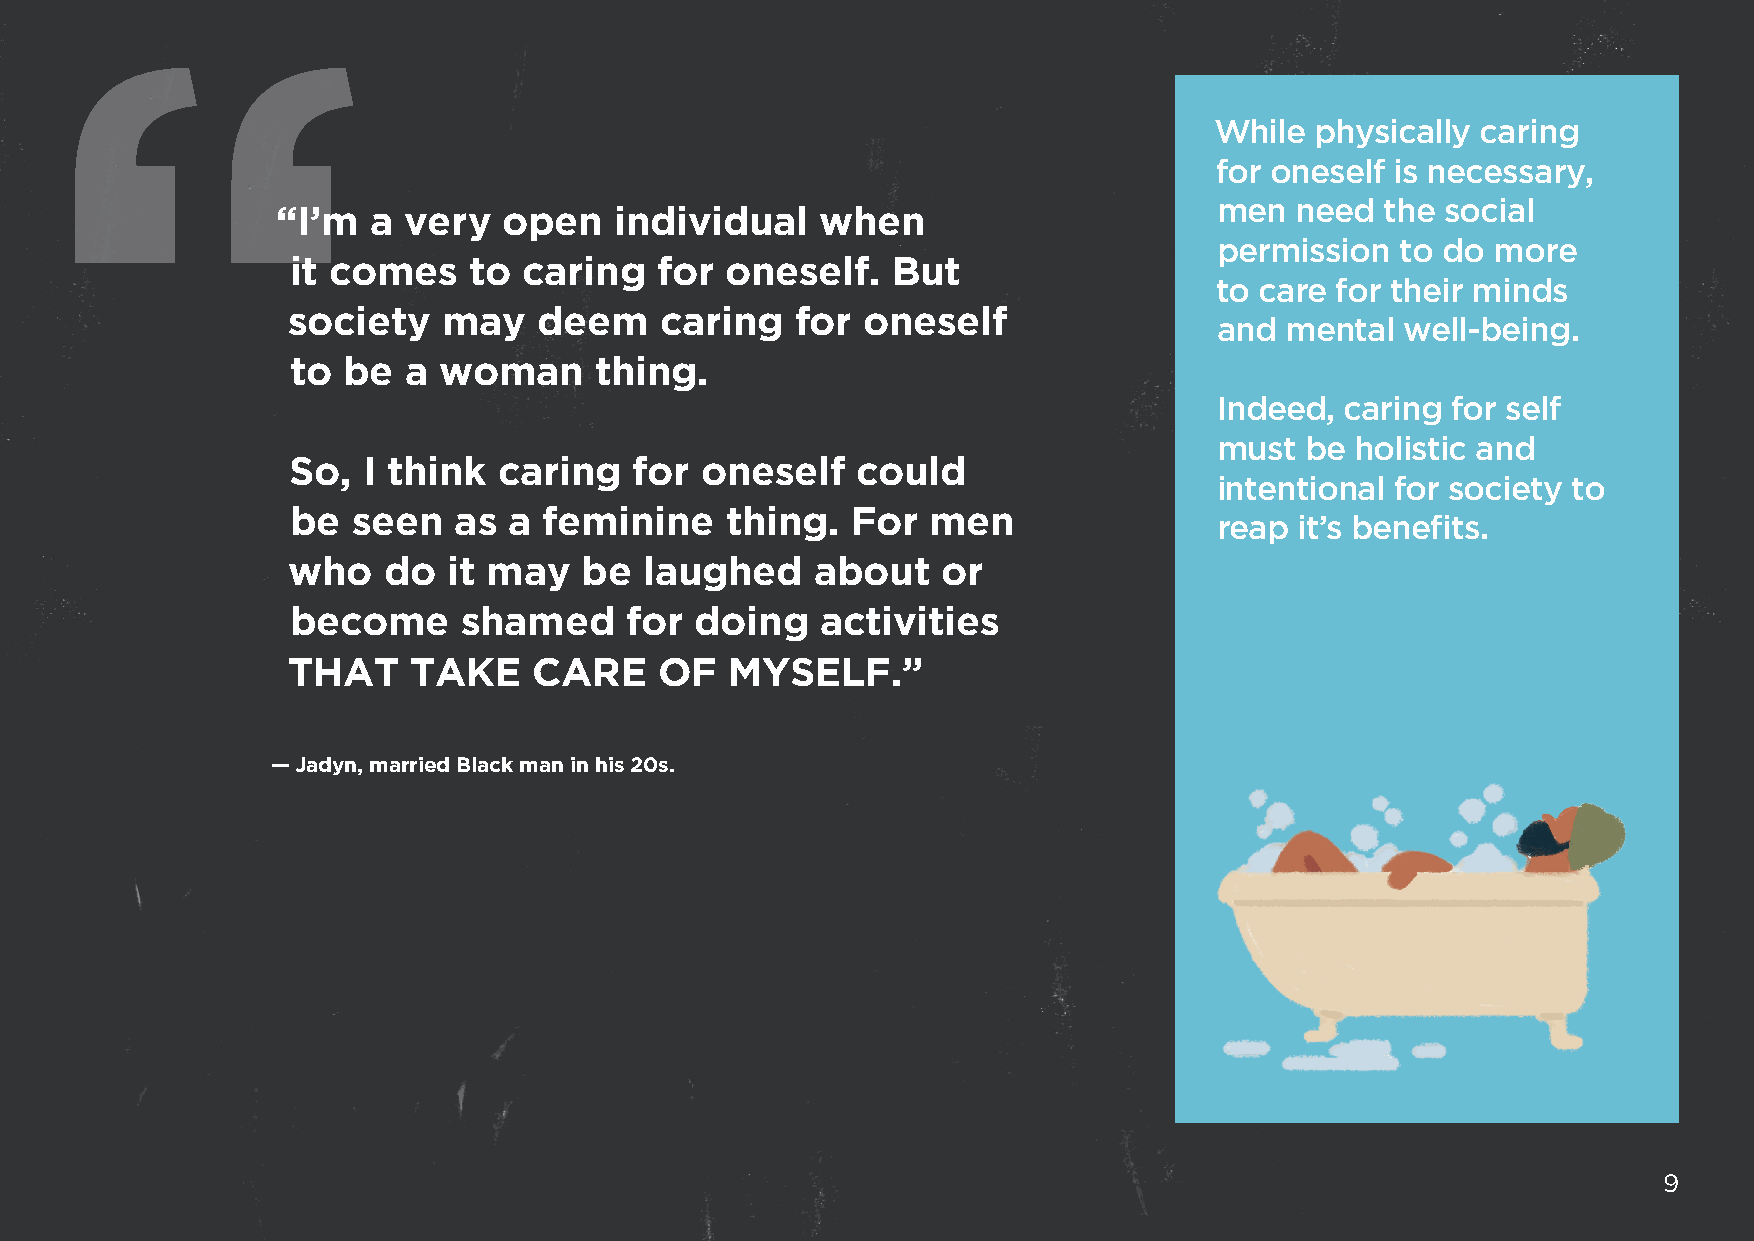
While  physically caring
 for oneself is necessary,
 men  need  the social
 “I’m  a  very  open    individual   when
 permission  to do more
 it comes    to  caring   for oneself.   But
 to care for their minds
 society   may    deem    caring   for oneself
 and mental  well-being.
 to  be  a woman     thing.
 Indeed, caring for self
 must be  holistic and
 So,  I think  caring   for oneself    could
 intentional for society to
 be  seen   as  a feminine    thing.  For   men
 reap it’s benefits.
 who   do   it may  be   laughed    about   or
 become      shamed    for  doing   activities
 THAT    TAKE    CARE     OF  MYSELF.”
 — Jadyn, married Black man in his 20s.
 9